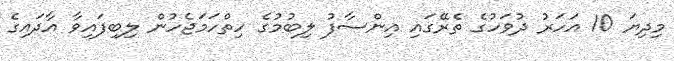
މިދިޔަ 10 އަހަރު ދުވަހުގެ ތެރޭގައި އިންސާފު ލިބުމުގެ ހިތްހަމަަޖެހުން ލިބިފައިވާ އާދައިގެ